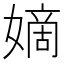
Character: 嫡